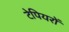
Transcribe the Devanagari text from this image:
टेपियरों